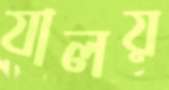
যালয়